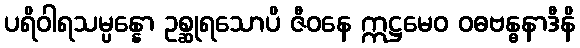
ပရိဝါရသမ္ပန္နော ဥစ္ဆုရသောပိ ဇီဝနေ ဣဋ္ဌမေဝ ဝဓဗန္ဓနာဒီနိ